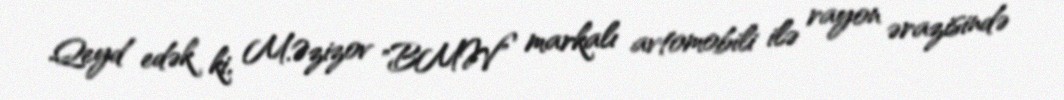
Qeyd edək ki, M.Əzizov "BMW" markalı avtomobili ilə rayon ərazisində